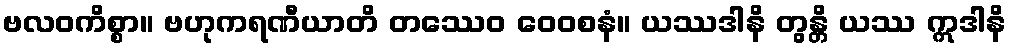
ဗလဝကိစ္စာ။ ဗဟုကရဏီယာတိ တဿေဝ ဝေဝစနံ။ ယဿဒါနိ တွန္တိ ယဿ ဣဒါနိ